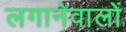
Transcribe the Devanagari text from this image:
लगानेवालों